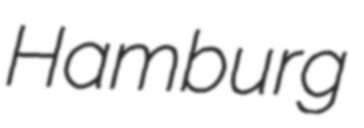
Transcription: Hamburg